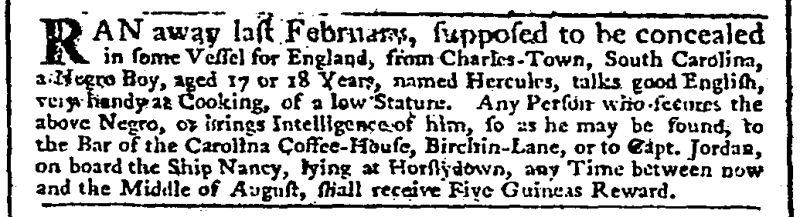
Daily Advertiser, 8 July 1766 (England)
RAN away last February, supposed to be concealed in some Vessel for England, from Charles-Town, South Carolina, a Negro Boy, aged 17 or 18 Years, named Hercules, talks good English, very handy at Cooking, of a low Stature. Any Person who secures the above Negro, or brings Intelligence of him, so as he may be found, to the Bar of the Carolina Coffee-House, Birchin-Lane, or to Capt. Jordan, on board the Ship Nancy, lying at Horslydown, any Time between now and the Middle of August, shall receive Five Guineas Reward.